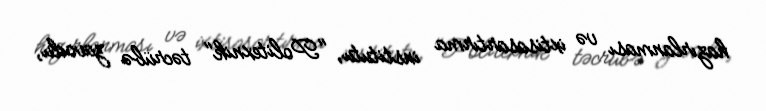
hazırlanması və ixtisasartırma institutu, "Politexnik" təcrübə zavodu,